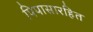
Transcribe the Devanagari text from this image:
पिपासारहित